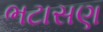
ભટાસણ